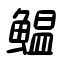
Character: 鰛